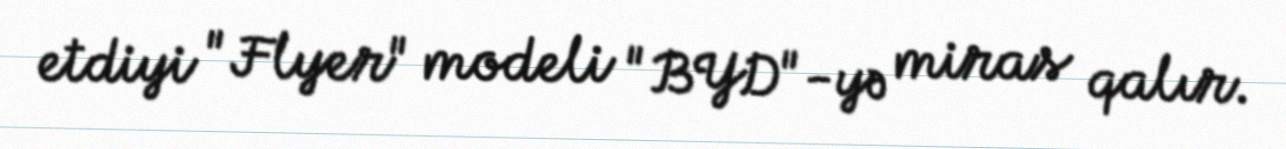
etdiyi "Flyer" modeli "BYD"-yə miras qalır.